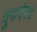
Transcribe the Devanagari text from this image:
वुडबेस्ड